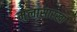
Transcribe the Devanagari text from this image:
मुलासारखा